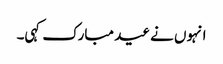
انہوں نے عید مبارک کہی۔